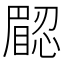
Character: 𥊟